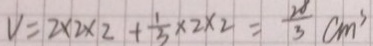
V = 2 \times 2 \times 2 + \frac { 1 } { 3 } \times 2 \times 2 = \frac { 2 8 } { 3 } c m ^ { 3 }